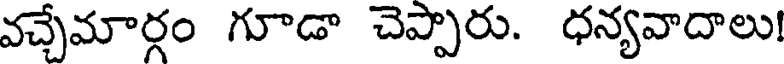
వచ్చేమార్గం గూడా చెప్పారు. ధన్యవాదాలు!